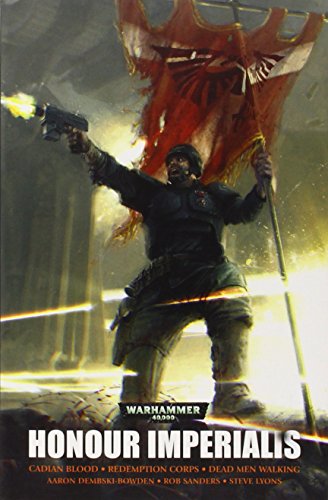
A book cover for Honour Imperialis (Warhammer 40,000 Omnibus); Aaron Dembski-Bowden; Science Fiction & Fantasy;